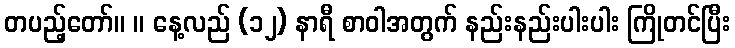
တပည့်တော်။ ။ နေ့လည် (၁၂) နာရီ စာဝါအတွက် နည်းနည်းပါးပါး ကြိုတင်ပြီး